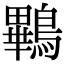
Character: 鷝